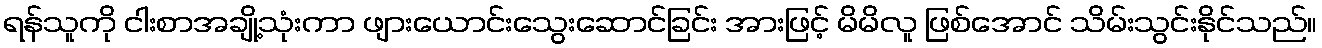
ရန်သူကို ငါးစာအချို့သုံးကာ ဖျားယောင်းသွေးဆောင်ခြင်း အားဖြင့် မိမိလူ ဖြစ်အောင် သိမ်းသွင်းနိုင်သည်။